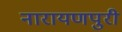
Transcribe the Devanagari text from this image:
नारायणपुरी